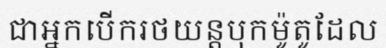
ជាអ្នកបើករថយន្តបុកម៉ូតូដែល